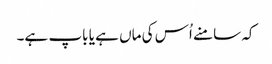
کہ سامنے اُس کی ماں ہے یا باپ ہے۔